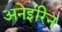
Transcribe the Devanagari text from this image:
अनेइरिन